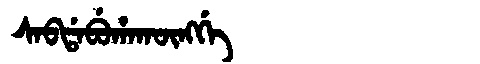
Manchu: ᠰᠠᠪᡩᠠᠪᡠᡥᠠᡴᡡᠩᡤᡝ
Romanization: SABDABUHAKŪNGGE